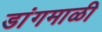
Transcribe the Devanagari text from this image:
डांगमाळी